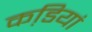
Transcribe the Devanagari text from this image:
कडि़यां